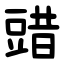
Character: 䜺